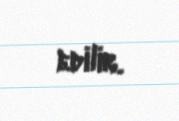
edilir.